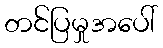
တင်ပြမှုအပေါ်